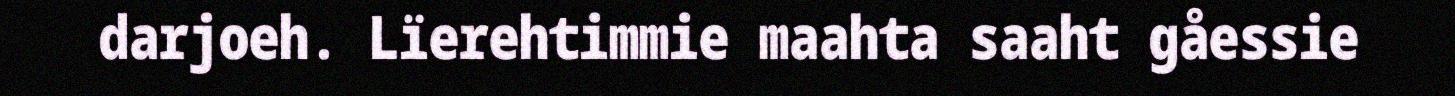
darjoeh. Lïerehtimmie maahta saaht gåessie